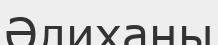
Әлиханы